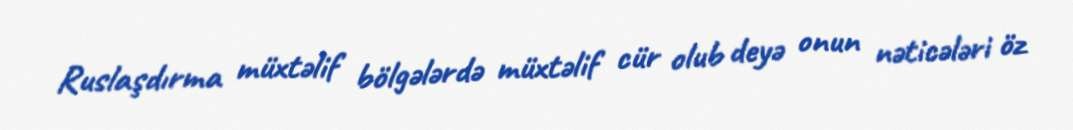
Ruslaşdırma müxtəlif bölgələrdə müxtəlif cür olub deyə onun nəticələri öz